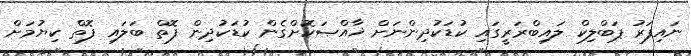
ނައިފަރު ޕަބްލިކް ލައިބްރަރީގައި ކުޑަކުދިންނަށް ޚާއްޞަކޮށްގެން ކުޑަކުދިން ފޮތް ބަލައި ފޮތް ކިޔުމަށް